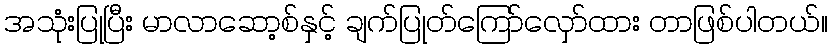
အသုံးပြုပြီး မာလာဆော့စ်နှင့် ချက်ပြုတ်ကြော်လှော်ထား တာဖြစ်ပါတယ်။